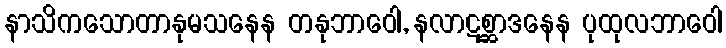
နာသိကသောတာနုမသနေန တနုဘာဝေါ, နလာဋစ္ဆာဒနေန ပုထုလဘာဝေါ